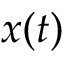
x ( t )